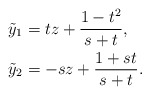
\begin{align*} \tilde{y}_1 &= t z + \frac{1 - t^2}{s + t},\\ \tilde{y}_2 &= - s z + \frac{1 + s t}{s + t}.\end{align*}